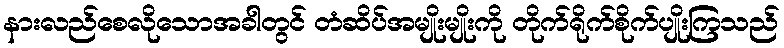
နားလည်စေလိုသောအခါတွင် တံဆိပ်အမျိုးမျိုးကို တိုက်ရိုက်စိုက်ပျိုးကြသည်